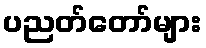
ပညတ်တော်များ